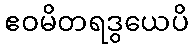
ဧဝမိတရဒွယေပိ